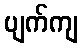
ပျက်ကျ